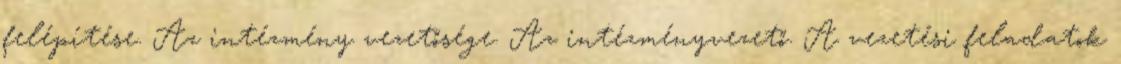
felépítése. Az intézmény vezetősége. Az intézményvezető. A vezetési feladatok